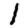
Digit: 1